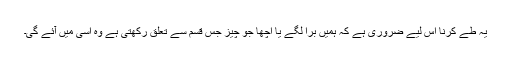
یہ طے کرنا اس لیے ضروری ہے کہ ہمیں برا لگے یا اچھا جو چیز جس قسم سے تعلق رکھتی ہے وہ اسی میں آئے گی۔